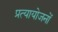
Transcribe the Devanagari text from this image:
प्रत्यायोजनों